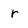
Character: r